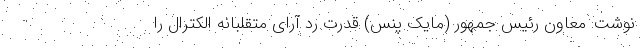
نوشت: معاون رئیس جمهور (مایک پنس) قدرت رد آرای متقلبانه الکترال را